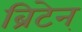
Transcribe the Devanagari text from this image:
ब्रिटेन्